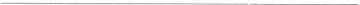
___